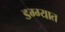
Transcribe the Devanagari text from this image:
डग्ग्यात